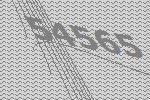
54565